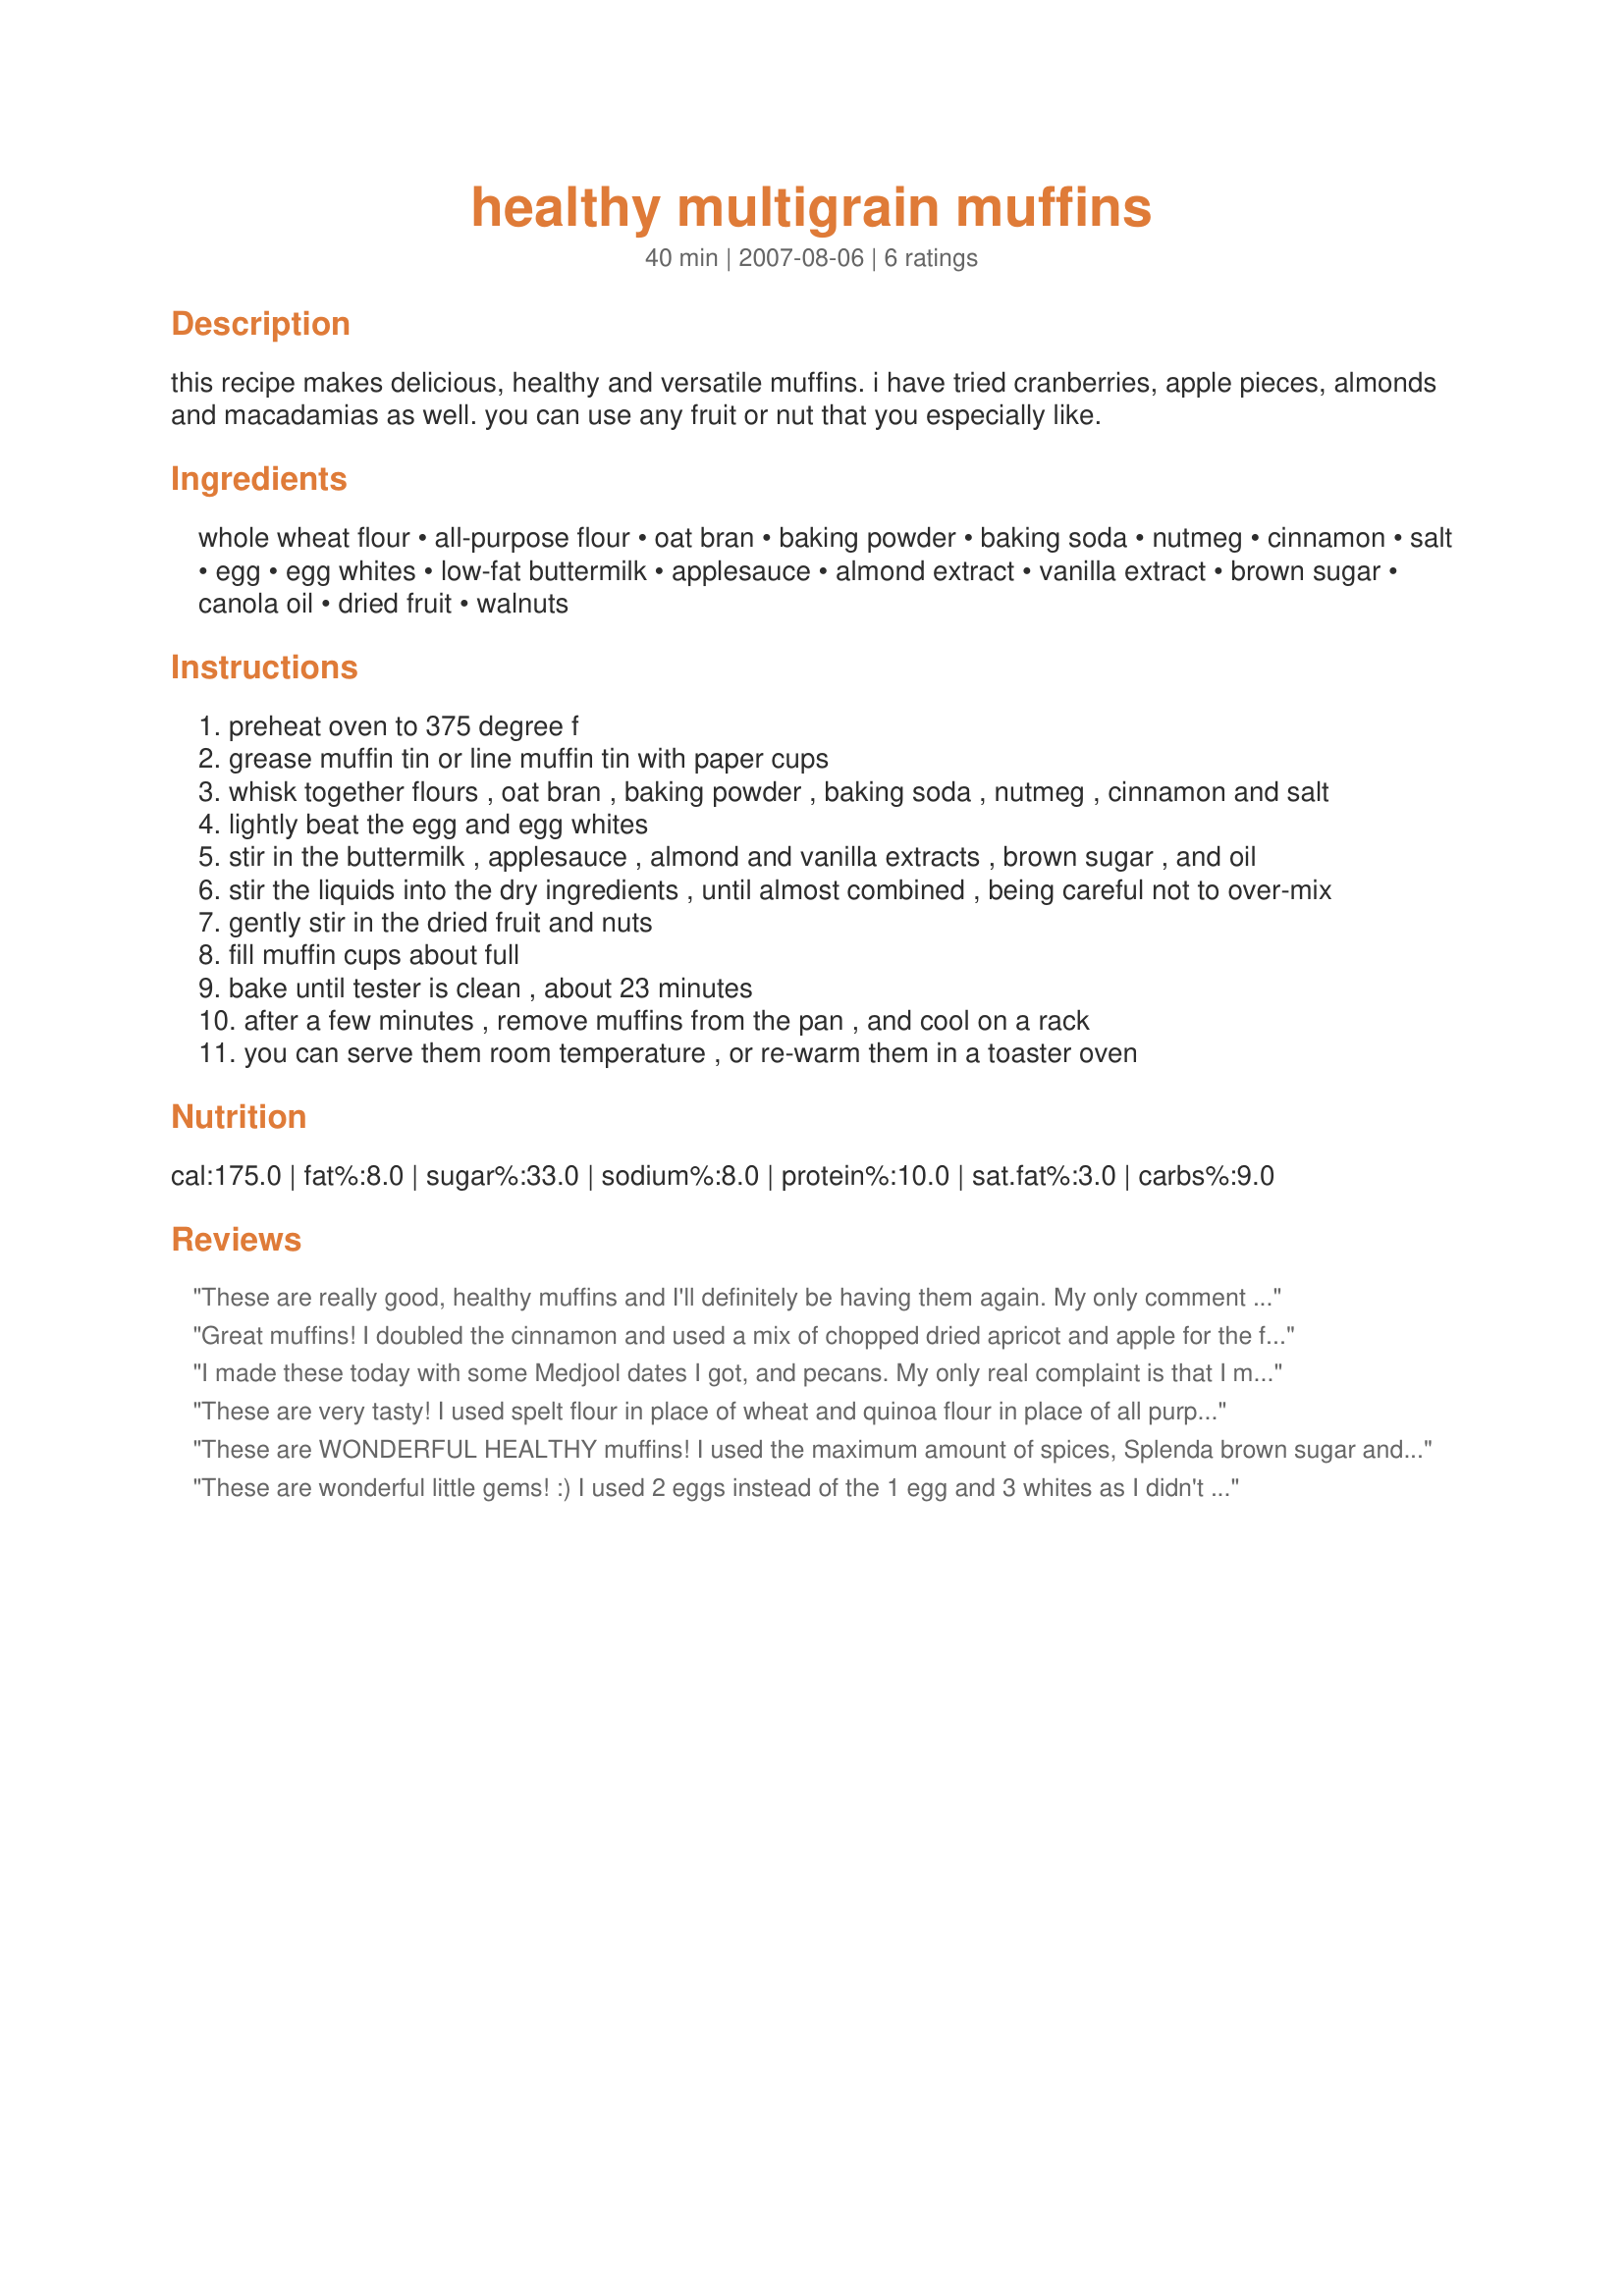
healthy multigrain muffins
Preparation time: 40 minutes

this recipe makes delicious, healthy and versatile muffins. i have tried cranberries, apple pieces, almonds and macadamias as well. you can use any fruit or nut that you especially like.

Ingredients:
whole wheat flour, all-purpose flour, oat bran, baking powder, baking soda, nutmeg, cinnamon, salt, egg, egg whites, low-fat buttermilk, applesauce, almond extract, vanilla extract, brown sugar, canola oil, dried fruit, walnuts

Steps:
preheat oven to 375 degree f
grease muffin tin or line muffin tin with paper cups
whisk together flours , oat bran , baking powder , baking soda , nutmeg , cinnamon and salt
lightly beat the egg and egg whites
stir in the buttermilk , applesauce , almond and vanilla extracts , brown sugar , and oil
stir the liquids into the dry ingredients , until almost combined , being careful not to over-mix
gently stir in the dried fruit and nuts
fill muffin cups about full
bake until tester is clean , about 23 minutes
after a few minutes , remove muffins from the pan , and cool on a rack
you can serve them room temperature , or re-warm them in a toaster oven

Reviews:
These are really good, healthy muffins and I'll definitely be having them again. My only comment (and the reason for the 4 stars) is that I felt they were sliiightly missing something. I can't pinpoint what it is - maybe the recipe needs some vanilla? or some more nutmeg/cinnamon? I'm not sure, but to me they were just a little bit plainer than they could be. I made mine exactly as directed with dried mixed fruit and chopped hazlenuts. The flavours were good - not too sweet but not lacking in sweeness either. This is a definite keeper but I'll be tampering with some bits. Thanks Maito!
Great muffins! I doubled the cinnamon and used a mix of chopped dried apricot and apple for the fruit. The rest was "by the book" with the exception of the sugar, I replaced the ask for brown sugar with 1/2 the amount of Splenda Brown Sugar. They are really delicious warm from the oven with morning coffee. The recipe is simple to follow and quick to make. It's a keeper! Thanks for this one Maito.
I made these today with some Medjool dates I got, and pecans. My only real complaint is that I made these in cupcake liners and the liners "steal" too much of the muffins. When I do it again, I will try greased muffin tin. I made it as written, using both vanilla and almond and it has a nice pleasing flavor. These show off the dates to good advantage.
These are very tasty! I used spelt flour in place of wheat and quinoa flour in place of all purpose. The quinoa gave it a welcomed nutty unique flavor. I used 2 eggs total and a tablespoon and a half of vegetable oil. Didn't have almond extract but I'd be curious to try it with it next time. I mixed in raisins for some and chocolate chips for the other muffins. These muffins had texture due to the oat bran which I enjoyed. Next time I might try using flax to replace one of the eggs. I will definitely make these again. They are my new favorite (my husband's too) and fairly healthy.
These are WONDERFUL HEALTHY muffins! I used the maximum amount of spices, Splenda brown sugar and Enova oil. I added pecan chips and a diced granny smith apple. The spice was subtle but was enough and went very well with the apples. The batter filled 15 foil muffin cups. My co-workers all LOVED these too. Made for the Please Review game.
These are wonderful little gems! :) I used 2 eggs instead of the 1 egg and 3 whites as I didn't have enough eggs. I used 1-1/4 t. vanilla and no almond. We had raisins, but would love these with some apple bits. :) I also replaced the oat bran with wheat bran. Thanks, Maito!
